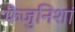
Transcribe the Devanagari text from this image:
फैजुनिशां